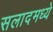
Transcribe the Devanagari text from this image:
सलादमध्ये